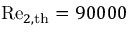
\mathrm { R e } _ { 2 , \mathrm { t h } } = 9 0 0 0 0